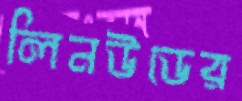
লিনউডের